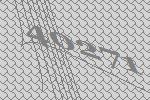
40271